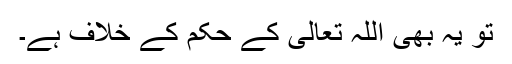
تو یہ بھی اللہ تعالیٰ کے حکم کے خلاف ہے۔